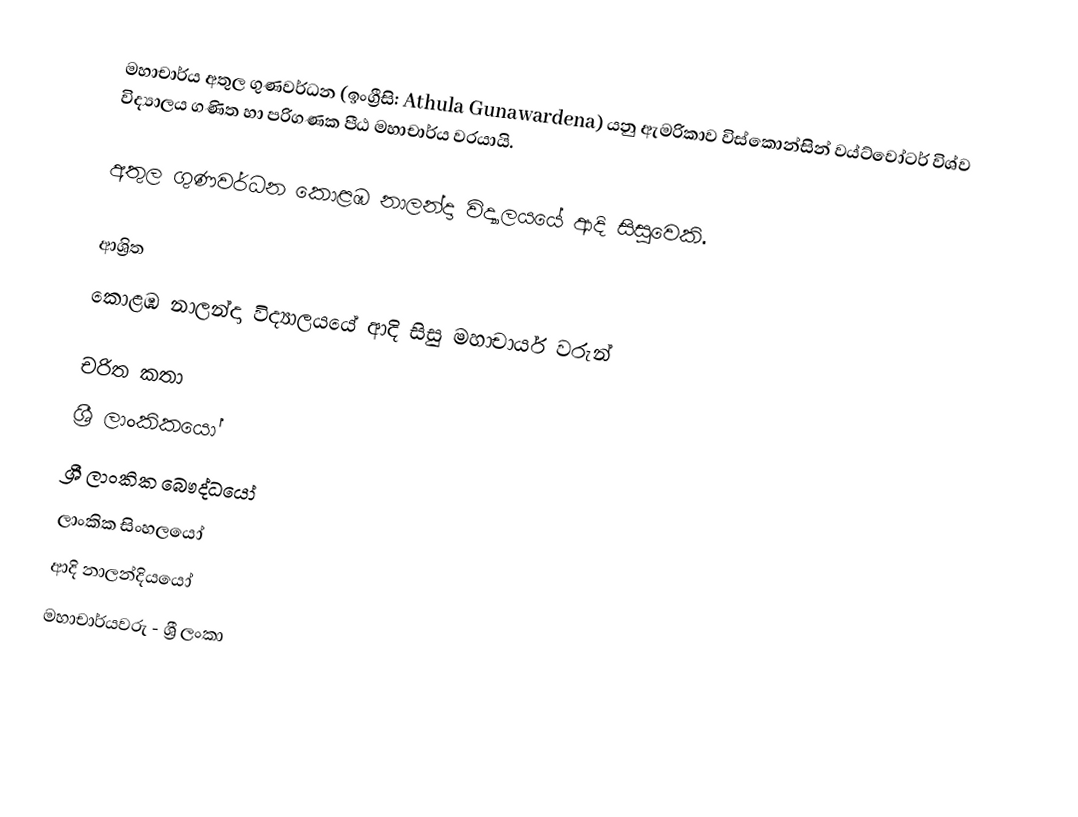
මහාචාර්ය අතුල ගුණවර්ධන (ඉංග්‍රීසි: Athula Gunawardena) යනු  ඇමරිකාව විස්කොන්සින් වය්ට්වෝටර් විශ්ව විද්‍යාලය ගණිත හා පරිගණක පීඨ මහාචාර්ය  වරයායි.

අතුල ගුණවර්ධන  කොළඹ නාලන්දා විද්‍යාලයයේ ආදි සිසුවෙකි.

ආශ්‍රිත
 කොළඹ නාලන්දා විද්‍යාලයයේ ආදි සිසු මහාචාර්ය වරුන්

චරිත කතා
ශ්‍රී ලාංකිකයෝ
ශ්‍රී ලාංකික බෞද්ධයෝ
ලාංකික සිංහලයෝ
ආදි නාලන්දියයෝ
මහාචාර්යවරු - ශ්‍රී ලංකා